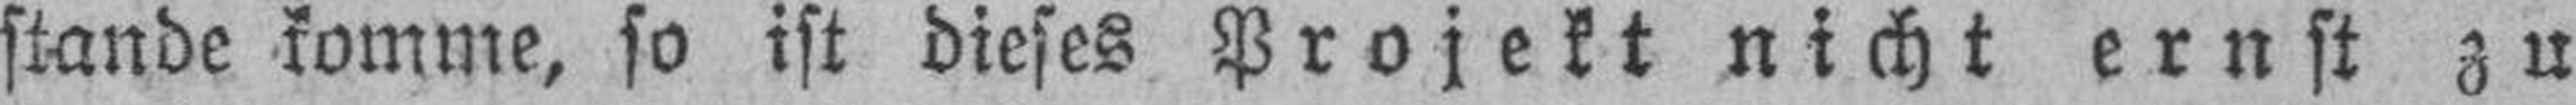
stande komme, so ist dieses Projekt nicht ernst zu